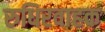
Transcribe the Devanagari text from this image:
रुधिरवाहक